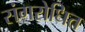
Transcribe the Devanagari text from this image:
संगरोधित